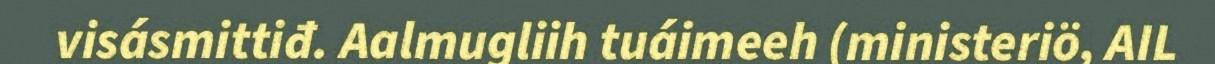
visásmittiđ. Aalmugliih tuáimeeh (ministeriö, AIL